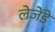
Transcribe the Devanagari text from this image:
लेजेंडे